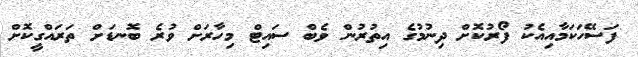
ފަސޭހަކަމާއިއެކު ފޯރުކޮށް ދިނުމުގެ އިތުރުން ވެބް ސައިޓް މިހާރަށް ވުރެ ބޮނޑަށް ތަރައްގީކޮށް